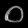
Digit: ၀